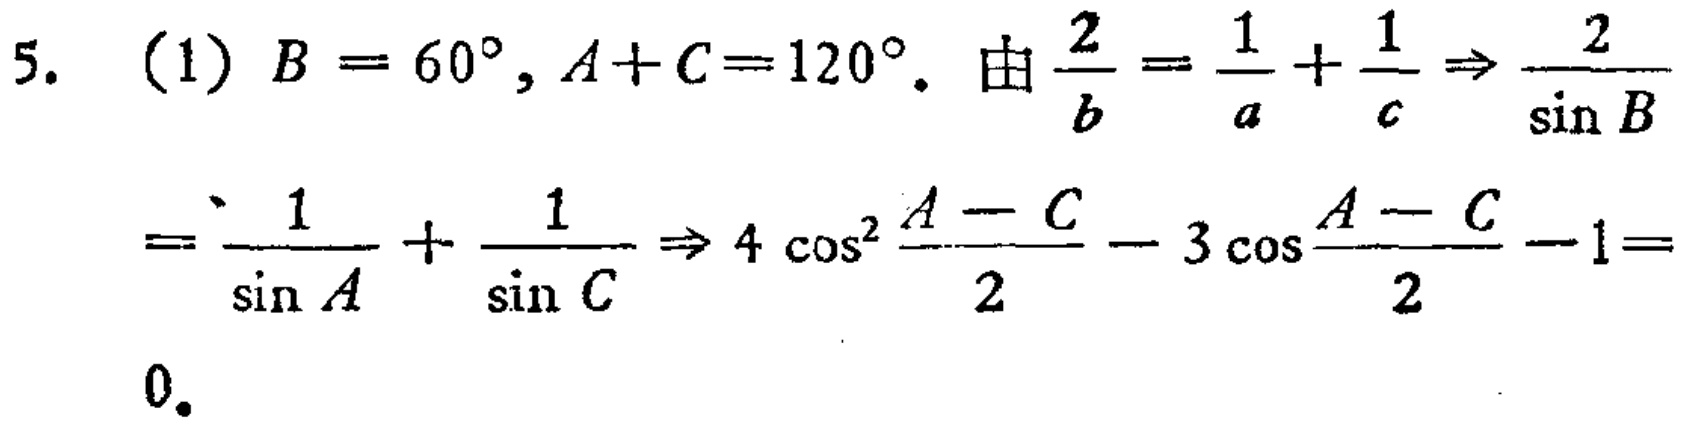
5. (1) \(B = 60^{\circ}, A + C = 120^{\circ}\). 由\(\frac{2}{b}=\frac{1}{a}+\frac{1}{c}\Rightarrow\frac{2}{\sin B}\)
\(=\frac{1}{\sin A}+\frac{1}{\sin C}\Rightarrow 4\cos^{2}\frac{A - C}{2}-3\cos\frac{A - C}{2}-1 = 0\).